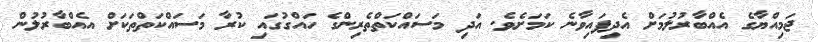
ޖަމިއްޔާގެ އެއްބާރުލުމަށް އެދިފައިވާނެ ކަމަށެވެ. އަދި މަސައްކަތްތެރިންގެ ހައްގުގައި ކުރާ މަސައްކަތްތަކަށް އެއްބާރުލުން